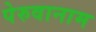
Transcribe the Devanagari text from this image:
पेरुवानाम